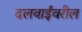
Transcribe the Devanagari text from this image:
दलवाईंवरील